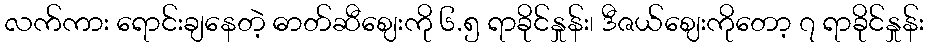
လက်ကား ရောင်းချနေတဲ့ ဓာတ်ဆီဈေးကို ၆.၅ ရာခိုင်နှုန်း၊ ဒီဇယ်ဈေးကိုတော့ ၇ ရာခိုင်နှုန်း